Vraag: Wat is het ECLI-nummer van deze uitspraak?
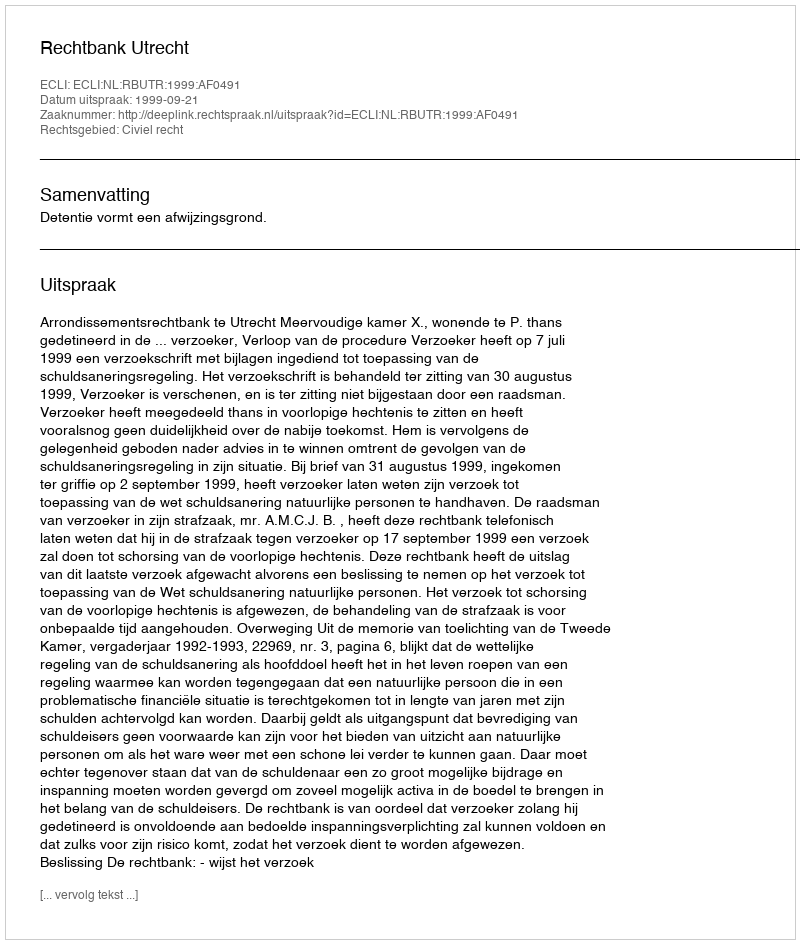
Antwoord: ECLI:NL:RBUTR:1999:AF0491